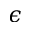
\epsilon